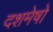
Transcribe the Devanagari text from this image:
दशमेषो